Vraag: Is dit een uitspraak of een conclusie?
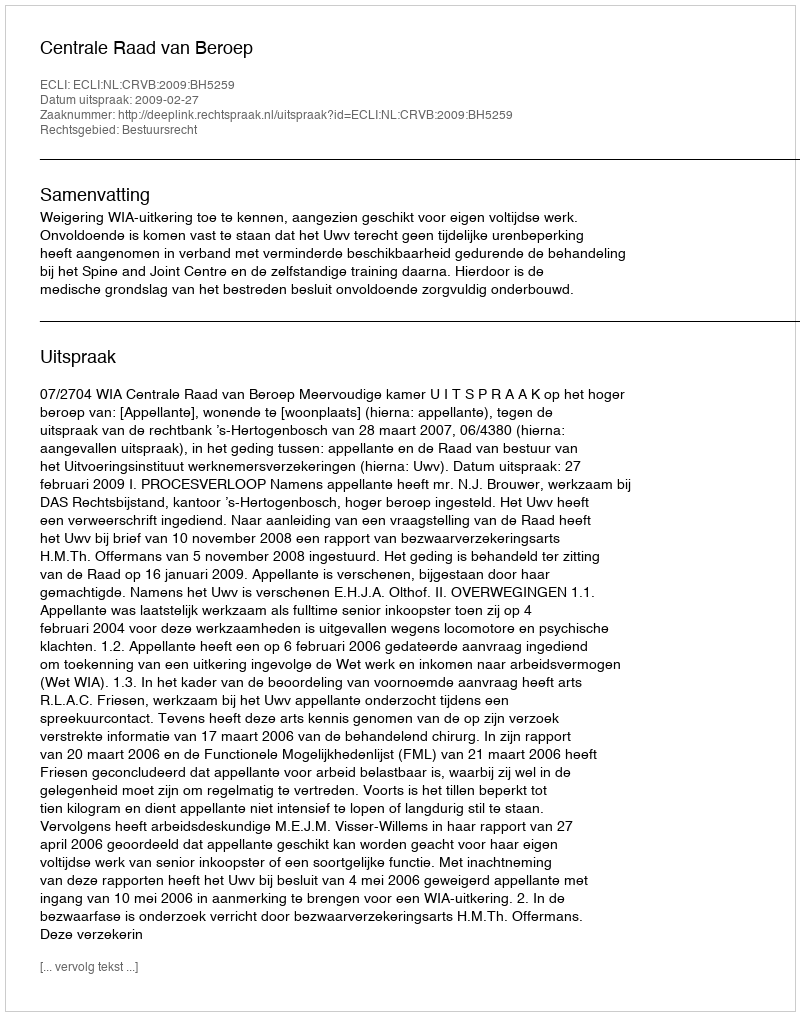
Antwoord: Uitspraak